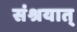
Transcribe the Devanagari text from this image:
संश्रयात्